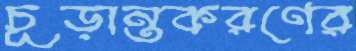
চূড়ান্তকরণের